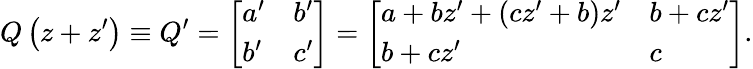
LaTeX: Q\left(z+z^{\prime}\right)\equiv Q^{\prime}=\left[\begin{array}{ll}{a^{\prime}}&{b^{\prime}}\\ {b^{\prime}}&{c^{\prime}}\end{array}\right]=\left[\begin{array}{ll}{a+bz^{\prime}+\left(cz^{\prime}+b\right)z^{\prime}}&{b+cz^{\prime}}\\ {b+cz^{\prime}}&{c}\end{array}\right].